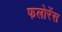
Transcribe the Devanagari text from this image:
फलोरेंस